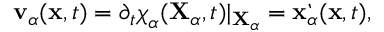
\begin{array} { r } { \mathbf { v } _ { \alpha } ( \mathbf { x } , t ) = \partial _ { t } \boldsymbol { \chi } _ { \alpha } ( \mathbf { X } _ { \alpha } , t ) \vert _ { \mathbf { X } _ { \alpha } } = \grave { \mathbf { x } } _ { \alpha } ( \mathbf { x } , t ) , } \end{array}